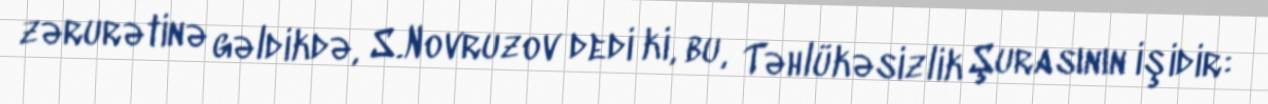
zərurətinə gəldikdə, S.Novruzov dedi ki, bu, Təhlükəsizlik Şurasının işidir: